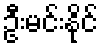
ဦးမင်းနိုင်